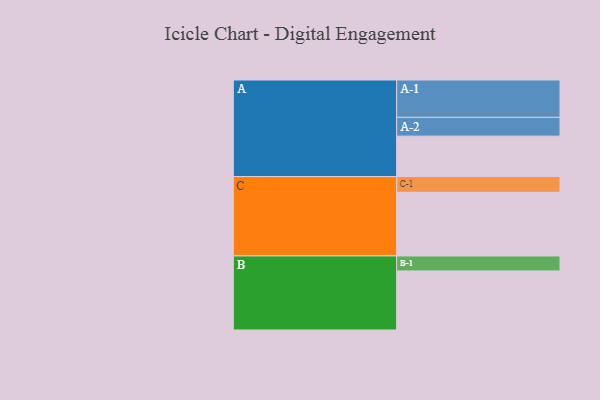
{"axis": {"x": "Segment", "y": "Value"}, "legend": ["", "A", "B", "C"], "data": [{"x": "A", "y": 318, "type": ""}, {"x": "B", "y": 465, "type": ""}, {"x": "C", "y": 501, "type": ""}, {"x": "A-1", "y": 294, "type": "A"}, {"x": "A-2", "y": 148, "type": "A"}, {"x": "B-1", "y": 118, "type": "B"}, {"x": "C-1", "y": 124, "type": "C"}]}